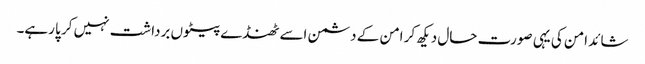
شائد امن کی یہی صورت حال دیکھ کر امن کے دشمن اسے ٹھنڈے پیٹوں برداشت نہیں کر پا رہے۔